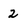
Character: 2